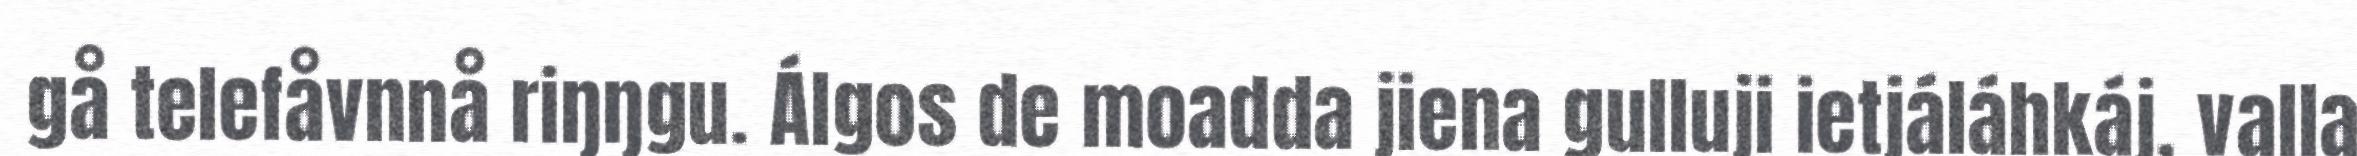
gå telefåvnnå riŋŋgu. Álgos de moadda jiena gulluji ietjáláhkáj, valla